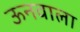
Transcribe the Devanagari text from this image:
ऊनवाला